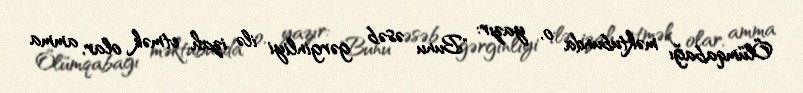
Ölümqabağı məktubunda o, yazır: "Bunu əsəb gərginliyi ilə izah etmək olar, amma